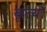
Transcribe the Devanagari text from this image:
कृत्यॉ